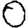
Digit: 0